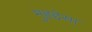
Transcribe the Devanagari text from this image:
मुहद्देसा